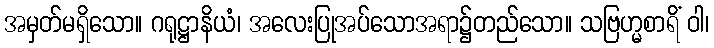
အမှတ်မရှိသော။ ဂရုဋ္ဌာနိယံ၊ အလေးပြုအပ်သောအရာ၌တည်သော။ သဗြဟ္မစာရိံ ဝါ၊